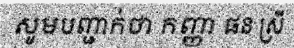
សូមបញ្ជាក់ថា កញ្ញា ផន ស្រី